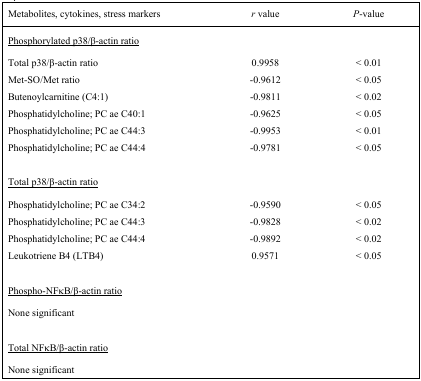
<table><thead><tr><td><b>Metabolites, cytokines, stress markers</b></td><td><b><i>r</i> value</b></td><td><b><i>P</i>-value</b></td></tr></thead><tbody><tr><td><underline>Phosphorylated p38/β-actin ratio</underline></td><td></td><td></td></tr><tr><td>Total p38/β-actin ratio</td><td>0.9958</td><td>&lt; 0.01</td></tr><tr><td>Met-SO/Met ratio</td><td>−0.9612</td><td>&lt; 0.05</td></tr><tr><td>Butenoylcarnitine (C4:1)</td><td>−0.9811</td><td>&lt; 0.02</td></tr><tr><td>Phosphatidylcholine; PC ae C40:1</td><td>−0.9625</td><td>&lt; 0.05</td></tr><tr><td>Phosphatidylcholine; PC ae C44:3</td><td>−0.9953</td><td>&lt; 0.01</td></tr><tr><td>Phosphatidylcholine; PC ae C44:4</td><td>−0.9781</td><td>&lt; 0.05</td></tr><tr><td><underline>Total p38/β-actin ratio</underline></td><td></td><td></td></tr><tr><td>Phosphatidylcholine; PC ae C34:2</td><td>−0.9590</td><td>&lt; 0.05</td></tr><tr><td>Phosphatidylcholine; PC ae C44:3</td><td>−0.9828</td><td>&lt; 0.02</td></tr><tr><td>Phosphatidylcholine; PC ae C44:4</td><td>−0.9892</td><td>&lt; 0.02</td></tr><tr><td>Leukotriene B4 (LTB4)</td><td>0.9571</td><td>&lt; 0.05</td></tr><tr><td><underline>Phospho-NFκB/β-actin ratio</underline></td><td></td><td></td></tr><tr><td>None significant</td><td></td><td></td></tr><tr><td><underline>Total NFκB/β-actin ratio</underline></td><td></td><td></td></tr><tr><td>None significant</td><td></td><td></td></tr></tbody></table>